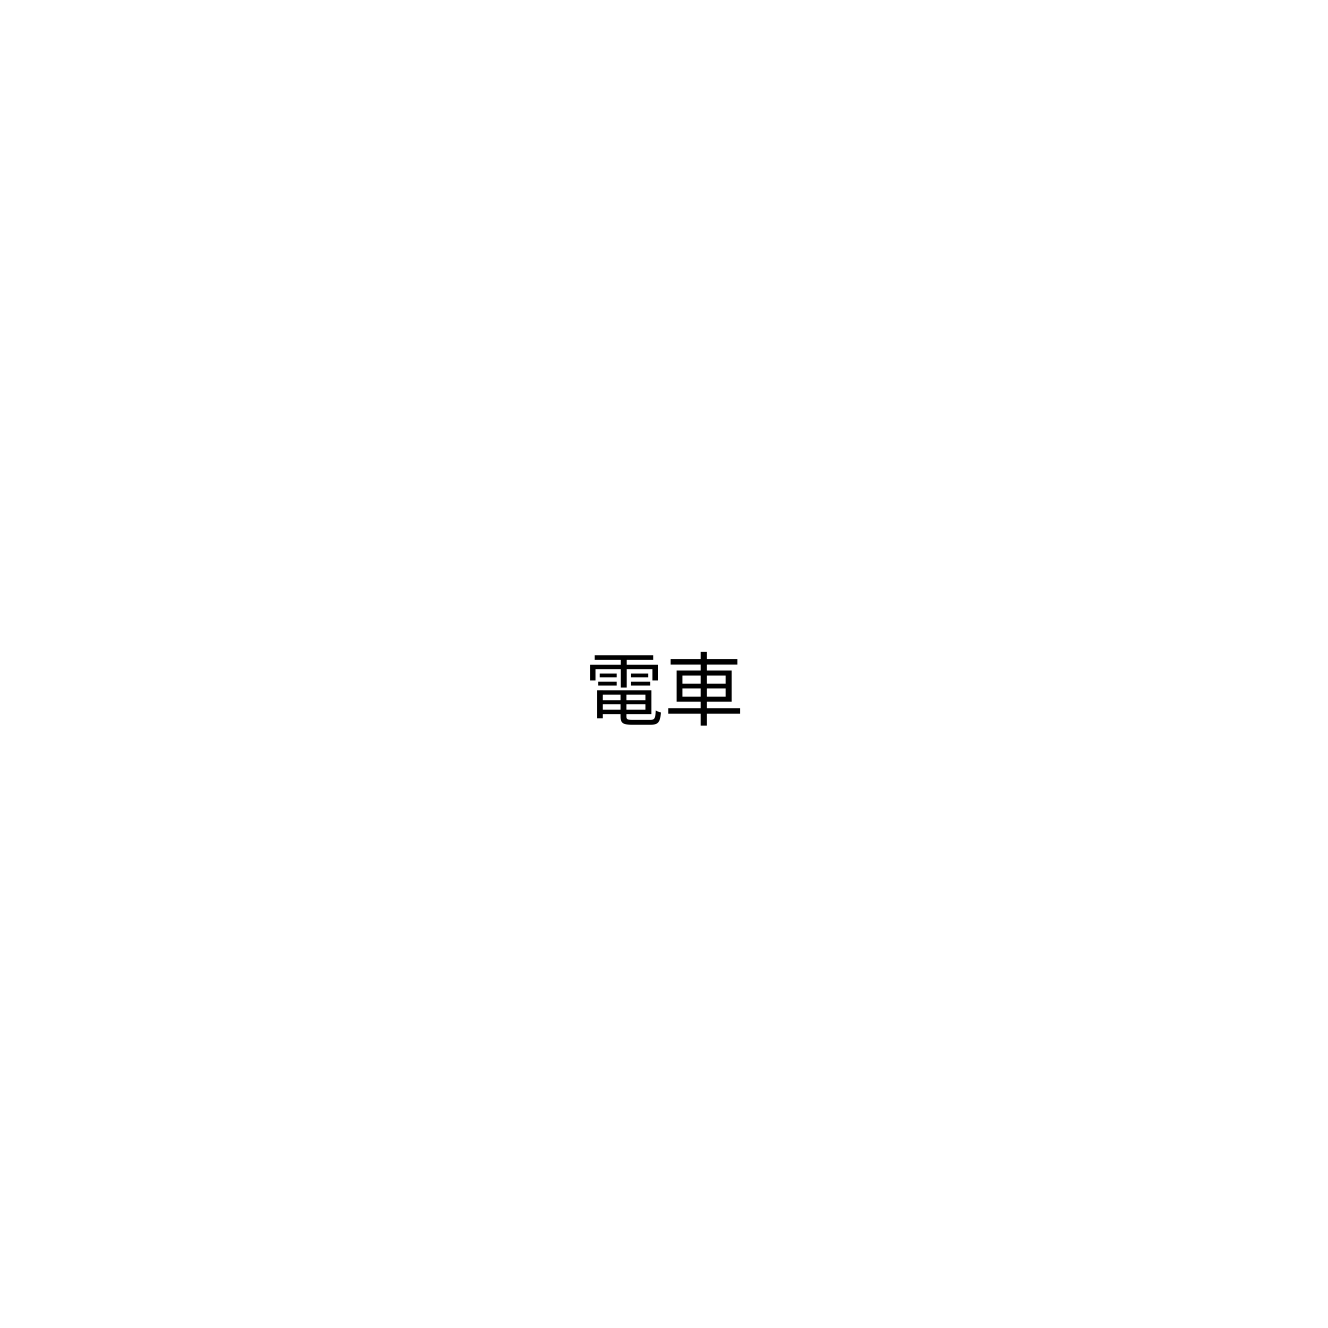
電車